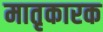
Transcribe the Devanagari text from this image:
मातृकारक